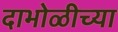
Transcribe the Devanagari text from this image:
दाभोळीच्या